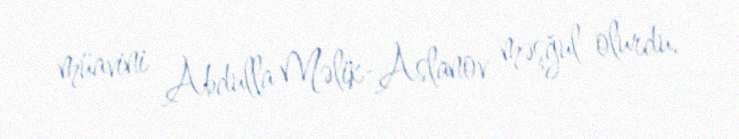
müavini Abdulla Məlik-Aslanov məşğul olurdu.